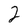
Character: 2